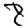
Digit: 8